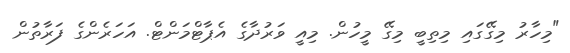
"މިހާރު މިގޭގައި މިތިބީ މިގޭ މީހުން. މިއީ ވަރުދާގެ އެޕާޓްމަންޓް. އަހަރެންގެ ފަރާތުން